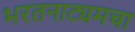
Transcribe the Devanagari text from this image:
भरतनाट्यमचा